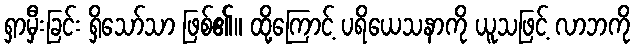
ရှာမှီးခြင်း ရှိသော်သာ ဖြစ်၏။ ထို့ကြောင့် ပရိယေသနာကို ယူသဖြင့် လာဘကို